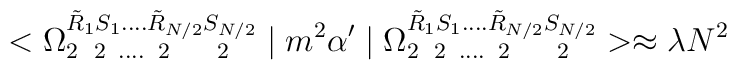
<\Omega_{2\hspace*{2mm}2\;\;....\;\;2\hspace*{6mm}2}^{\tilde{R}_1 S_1....\tilde{R}_{N/2} S_{N/2}}\mid m^2\alpha'\mid\Omega_{2\hspace*{2mm}2\;\;....\;\;2\hspace*{6mm}2}^{\tilde{R}_1 S_1....\tilde{R}_{N/2} S_{N/2}}>\approx \lambda N^2